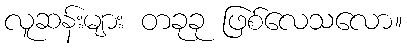
လူဆန်းများ တခုခု ဖြစ်လေသလော။